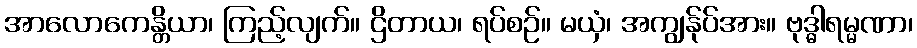
အာလောကေန္တိယာ၊ ကြည့်လျက်။ ဌိတာယ၊ ရပ်စဉ်။ မယှံ၊ အကျွန်ုပ်အား။ ဗုဒ္ဓါရမ္မဏာ၊